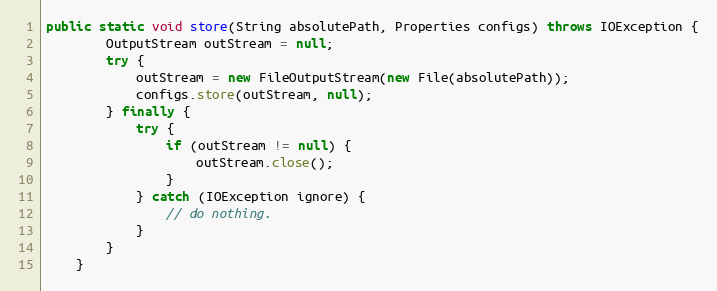
Language: Java
public static void store(String absolutePath, Properties configs) throws IOException {
        OutputStream outStream = null;
        try {
            outStream = new FileOutputStream(new File(absolutePath));
            configs.store(outStream, null);
        } finally {
            try {
                if (outStream != null) {
                    outStream.close();
                }
            } catch (IOException ignore) {
                // do nothing.
            }
        }
    }